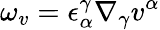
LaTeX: \omega_{v}=\epsilon_{\alpha}^{\gamma}\nabla_{\gamma}v^{\alpha}